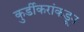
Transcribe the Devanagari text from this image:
कुर्डीकरांकडून